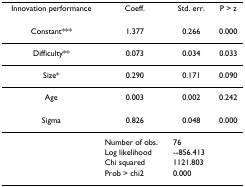
| Innovation performance | Coeff. | Std. err. | P > z |
 | --- | --- | --- | --- |
 | Constant*** | 1.377 | 0.266 | 0.000 |
 | Difficulty** | 0.073 | 0.034 | 0.033 |
 | Size* | 0.290 | 0.171 | 0.090 |
 | Age | 0.003 | 0.002 | 0.242 |
 | Sigma | 0.826 | 0.048 | 0.000 |
 |  | Number of obs. | 76 |  |
 |  | Log likelihood | --856.413 |  |
 |  | Chi squared | 1121.803 |  |
 |  | Prob > chi2 | 0.000 |  |